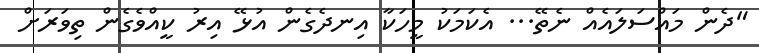
"ދެން މައްސަލައެއް ނެތޭ... އެކަމަކު މީހަކާ އިނދެގެން އުޅޭ އިރު ކީއްވެގެން ތިވަރަށް